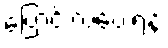
ပြောင်းလဲပေးရန်